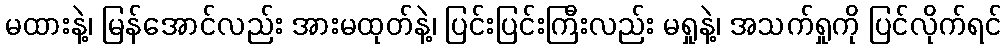
မထားနဲ့၊ မြန်အောင်လည်း အားမထုတ်နဲ့၊ ပြင်းပြင်းကြီးလည်း မရှုနဲ့၊ အသက်ရှုကို ပြင်လိုက်ရင်